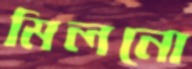
মিলনো